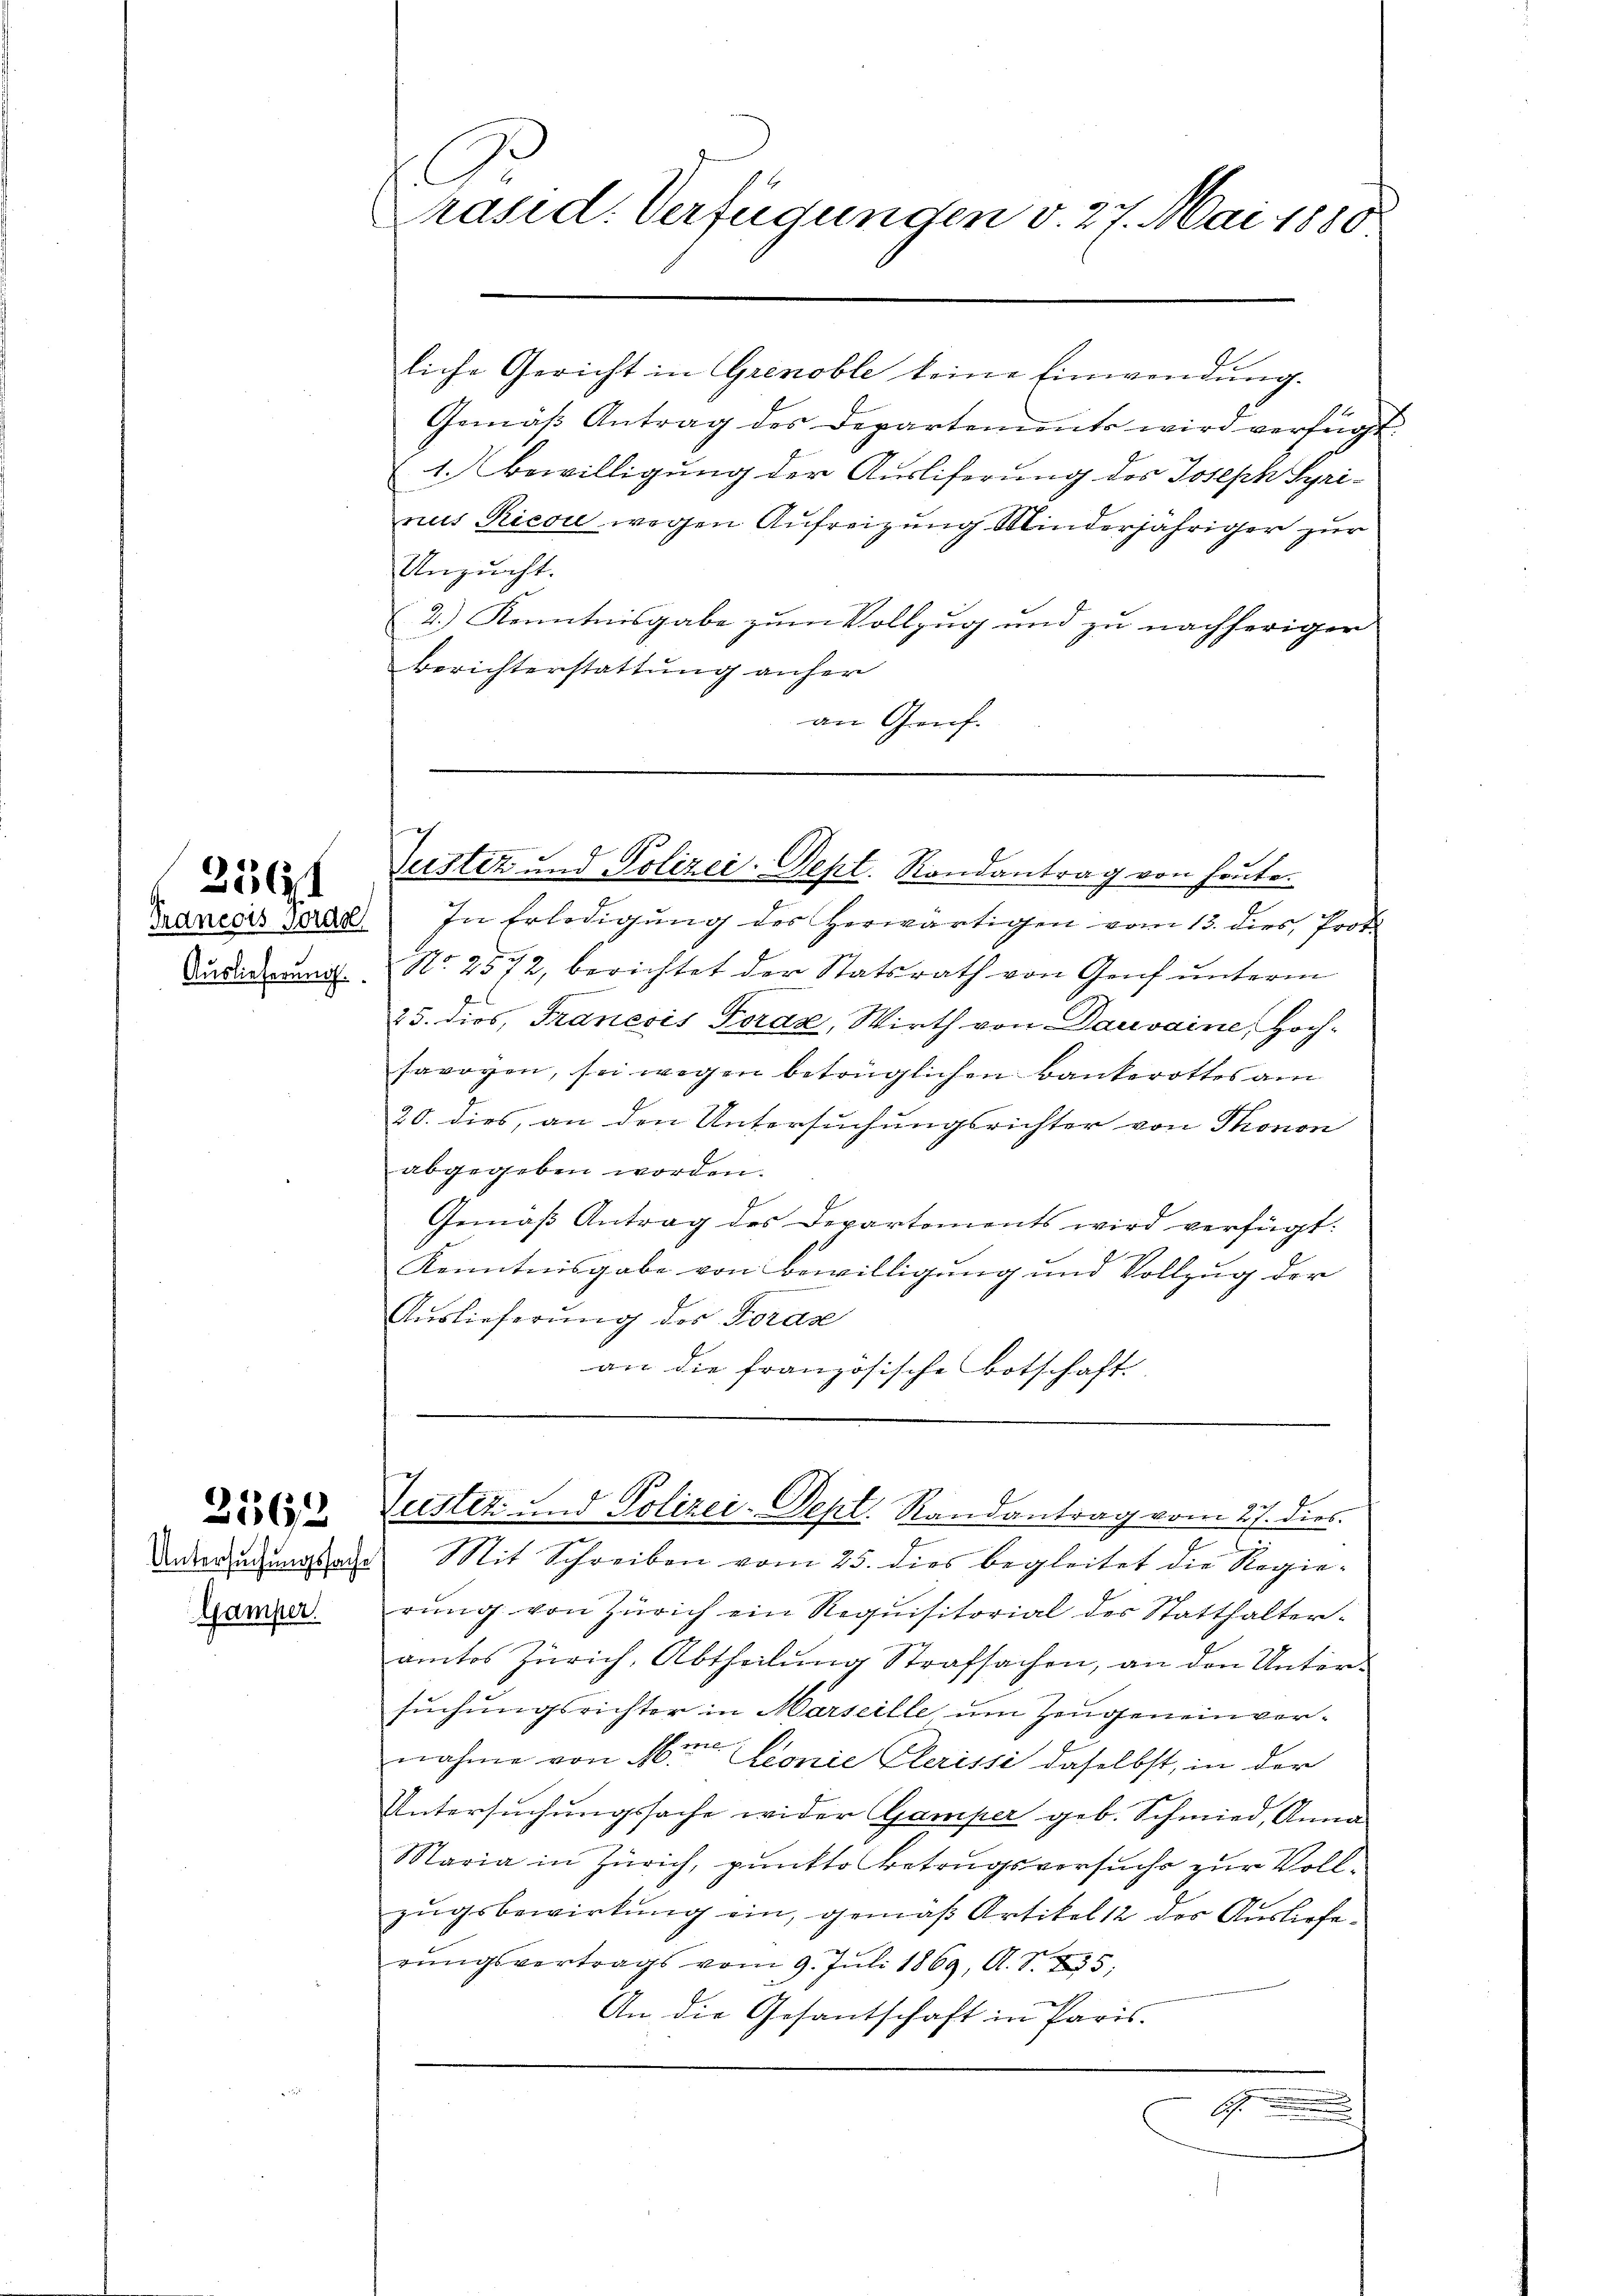
Francois vorde
Auslieferung

256

2562

Gamper.

C
räsid. Verfügungen v. 27. Mai 1880

liche Gericht in Grenoble keine Einwendung.
Gemäβ Antrag des Departements wird verfügt.
1. Bewilligung der Ausliferung des Joseph Syri-
nus Riese wegen Aufreizung Minderjähriger zur
Unzucht.
2.) Kenntnisgabe zum Vollzug und zu nachherigen
Berichterstattung anher
an Genf.

Justiz und Polizei-Sept. Rondantrag von heute.

In Erledigung des Herwärtigen vom 13. dies, Prof.
No. 2572, berichtet der Statsrath von Genf unterm
25. dies, Franesis Toraz, Wirth von Dauvaine, Hoch-
savoyen, sei wegen betrüglichen Bankerottes am
20. dies, an den Untersuchungsrichter von Thonon
abgegeben worden.
Gemäß Antrag des Departements wird verfügt:
Kenntnisgabe von Bewilligung und Vollzug der
Auslieferung des Foras
an die französische Botschaft.

Zustiz und Polizei-Dept. Randantrag vom 27. dies

Anwendungsrathe Mit Schreiben vom 25. dies begleitet die Regierŭng von Zürich ein Requisitorial des Statthalter-
amtes Zürich, Abtheilung Strafsachen, an den Untersuchungsrichter in Marseille um Zeugeneinvernahme von Mina Lionie Clerissi daselbst, in der
Untersuchungssache wider Gamper geb. Schmied, Anna
Maria in Zürich, punkto Betrugsversuche zur Vollzŭgsbewirkung ein, gemäß Artikel 12 des Auslieferŭngsvertrags vom 9. Jŭli 1869, A. S. 235;
An die Gesantschaft in Paris.
6